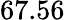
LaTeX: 67.56